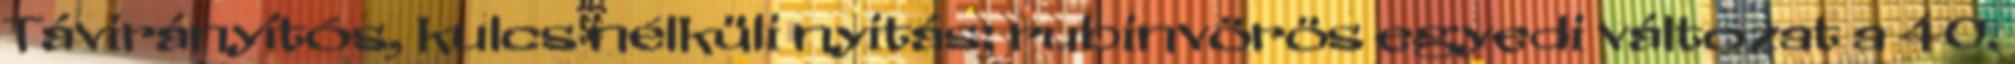
Távirányítós, kulcs nélküli nyitás; rubinvörös egyedi változat a 40.